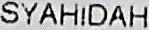
SYAHIDAH